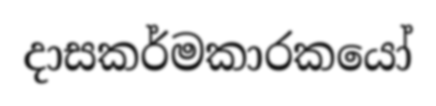
දාසකර්මකාරකයෝ